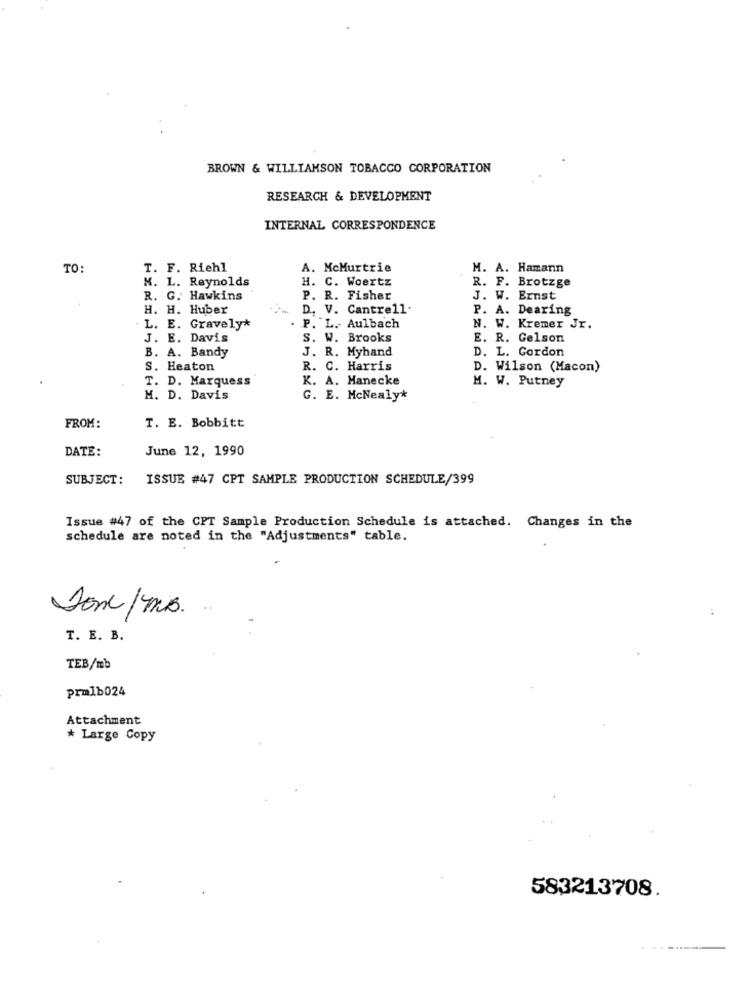
BROWN & WILLIAMSON TOBACCO CORPORATION
RESEARCH & DEVELOPMENT
INTERNAL CORRESPONDENCE
TO
T. F. Riehl
A. McMurtrie
M. A. Hamann
N. L. Reynolds
H. C. Woertz
R. F. Brotzge
R. G. Hawkins
P. R. Fisher
J. W. Ernst
H. H. Huber
D. V. Cantrell.
P. A. Dearing
. L. E. Gravely*
. P. L .- Aulbach
N. W. Kremer Jr.
J. E. Davis
S. W. Brooks
E. R. Gelson
B. A. Bandy
J. R. Myhand
D. L. Gordon
S. Heaton
R. C. Harris
D. Wilson (Macon)
T. D. Marquess
K. A. Manecke
M. W. Putney
M. D. Davis
G. E. McNealy*
T. E. Bobbitt
FROM:
DATE:
June 12, 1990
SUBJECT:
ISSUE #47 CPT SAMPLE PRODUCTION SCHEDULE/399
Issue #47 of the CPT Sample Production Schedule is attached. Changes in the
schedule are noted in the "Adjustments" table.
Donc/ms.
T. E. B.
TEB/mb
prmlb024
Attachment
* Large Copy
583213708.